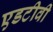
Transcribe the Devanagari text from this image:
एडटीवी